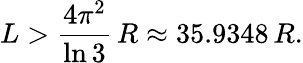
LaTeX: L>{\frac{4\pi^{2}}{\ln{3}}}\, R\approx 35.9348\, R.